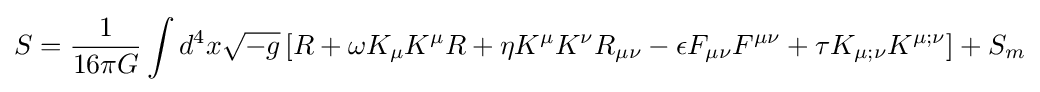
S={\frac {1}{16\pi G}}\int d^{4}x{\sqrt {-g}}\left[R+\omega K_{\mu }K^{\mu }R+\eta K^{\mu }K^{\nu }R_{\mu \nu }-\epsilon F_{\mu \nu }F^{\mu \nu }+\tau K_{\mu ;\nu }K^{\mu ;\nu }\right]+S_{m}